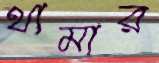
থামার